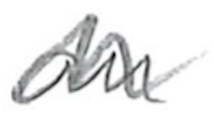
Text: an
Cross-out: zig-zag
Writing tool: pencil